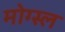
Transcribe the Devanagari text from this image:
मोग्स्ल